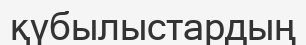
қүбылыстардың